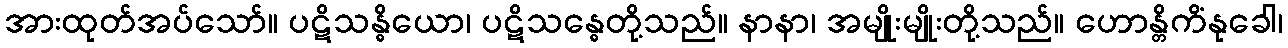
အားထုတ်အပ်သော်။ ပဋိသန္ဓိယော၊ ပဋိသန္ဓေတို့သည်။ နာနာ၊ အမျိုးမျိုးတို့သည်။ ဟောန္တိကိံနုခေါ၊